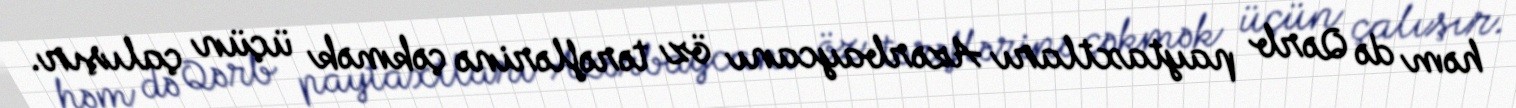
həm də Qərb paytaxtları Azərbaycanı öz tərəflərinə çəkmək üçün çalışır.